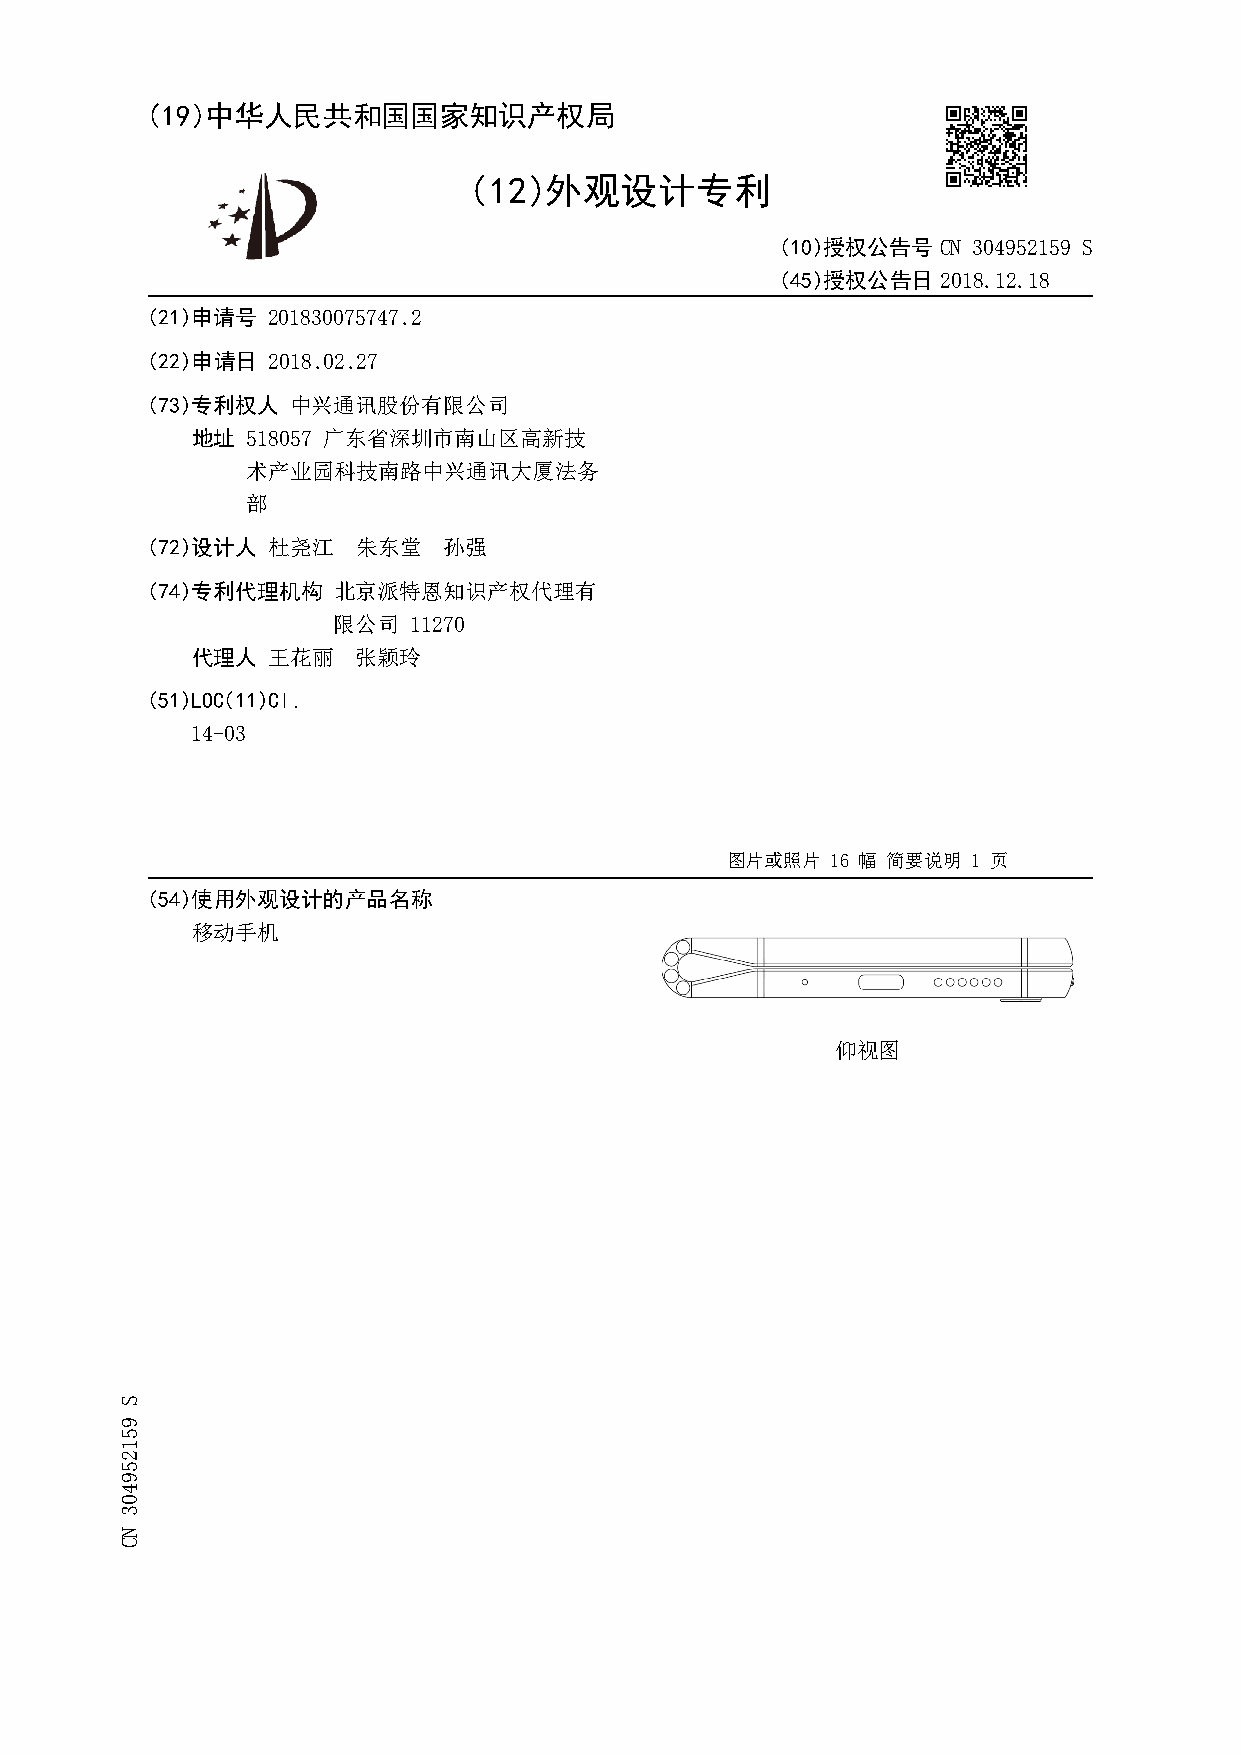
(19)中华人民共和国国家知识产权局
 (12)外观设计专利
 (10)授权公告号  CN 304952159 S
 (45)授权公告日  2018.12.18
 (21)申请号 201830075747.2
 (22)申请日 2018.02.27
 (73)专利权人 中兴通讯股份有限公司
 地址 518057 广东省深圳市南山区高新技
 术产业园科技南路中兴通讯大厦法务
 部
 (72)设计人 杜尧江   朱东堂  孙强
 (74)专利代理机构  北京派特恩知识产权代理有
 限公司  11270
 代理人  王花丽   张颖玲
 (51)LOC(11)Cl.
 14-03
 图片或照片  16 幅 简要说明 1 页
 (54)使用外观设计的产品名称
 移动手机
 仰视图
 S
 951259403
 NC